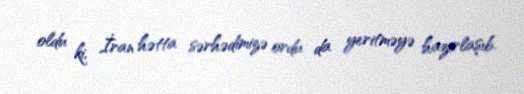
oldu ki, İran hətta sərhədimizə ordu da yeritməyə hazırlaşıb.